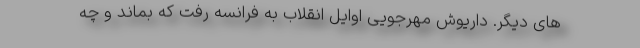
های دیگر. داریوش مهرجویی اوایل انقلاب به فرانسه رفت که بماند و چه